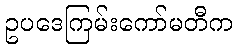
ဥပဒေကြမ်းကော်မတီက